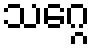
သဂ္ဂေ